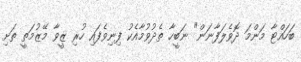
ބަހައްޓާ މަންމަ ދޮވެލަފާނަން" ނަބީހާ ތެދުވުމާއެކު ފިނިވެފައި ހުރި ޒީވާ މޭޒުމަތީ ތަށި